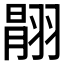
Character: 𦑉